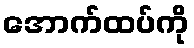
အောက်ထပ်ကို